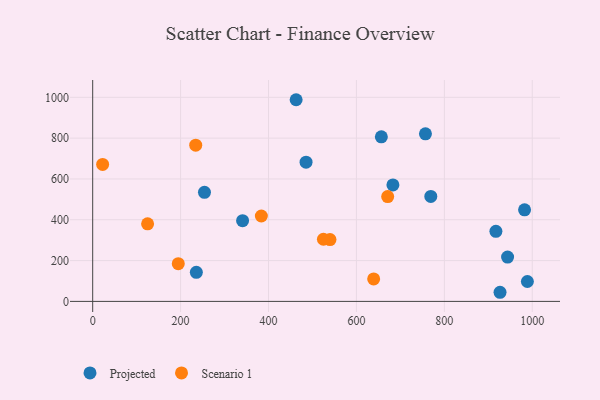
{"axis": {"x": "Distance", "y": "Yield"}, "legend": ["Projected", "Scenario 1"], "data": [{"x": "926.7", "y": 44.7, "type": "Projected"}, {"x": "757.0", "y": 821.0, "type": "Projected"}, {"x": "769.2", "y": 514.5, "type": "Projected"}, {"x": "917.3", "y": 343.5, "type": "Projected"}, {"x": "235.8", "y": 142.3, "type": "Projected"}, {"x": "485.4", "y": 682.1, "type": "Projected"}, {"x": "462.8", "y": 988.1, "type": "Projected"}, {"x": "683.0", "y": 570.8, "type": "Projected"}, {"x": "341.0", "y": 395.5, "type": "Projected"}, {"x": "982.5", "y": 448.9, "type": "Projected"}, {"x": "943.9", "y": 217.1, "type": "Projected"}, {"x": "254.3", "y": 534.2, "type": "Projected"}, {"x": "656.7", "y": 806.1, "type": "Projected"}, {"x": "988.9", "y": 97.5, "type": "Projected"}, {"x": "22.6", "y": 671.0, "type": "Scenario 1"}, {"x": "539.8", "y": 302.9, "type": "Scenario 1"}, {"x": "194.7", "y": 184.7, "type": "Scenario 1"}, {"x": "671.1", "y": 513.4, "type": "Scenario 1"}, {"x": "524.9", "y": 304.4, "type": "Scenario 1"}, {"x": "383.7", "y": 418.3, "type": "Scenario 1"}, {"x": "124.9", "y": 380.2, "type": "Scenario 1"}, {"x": "234.4", "y": 765.4, "type": "Scenario 1"}, {"x": "639.2", "y": 110.0, "type": "Scenario 1"}]}